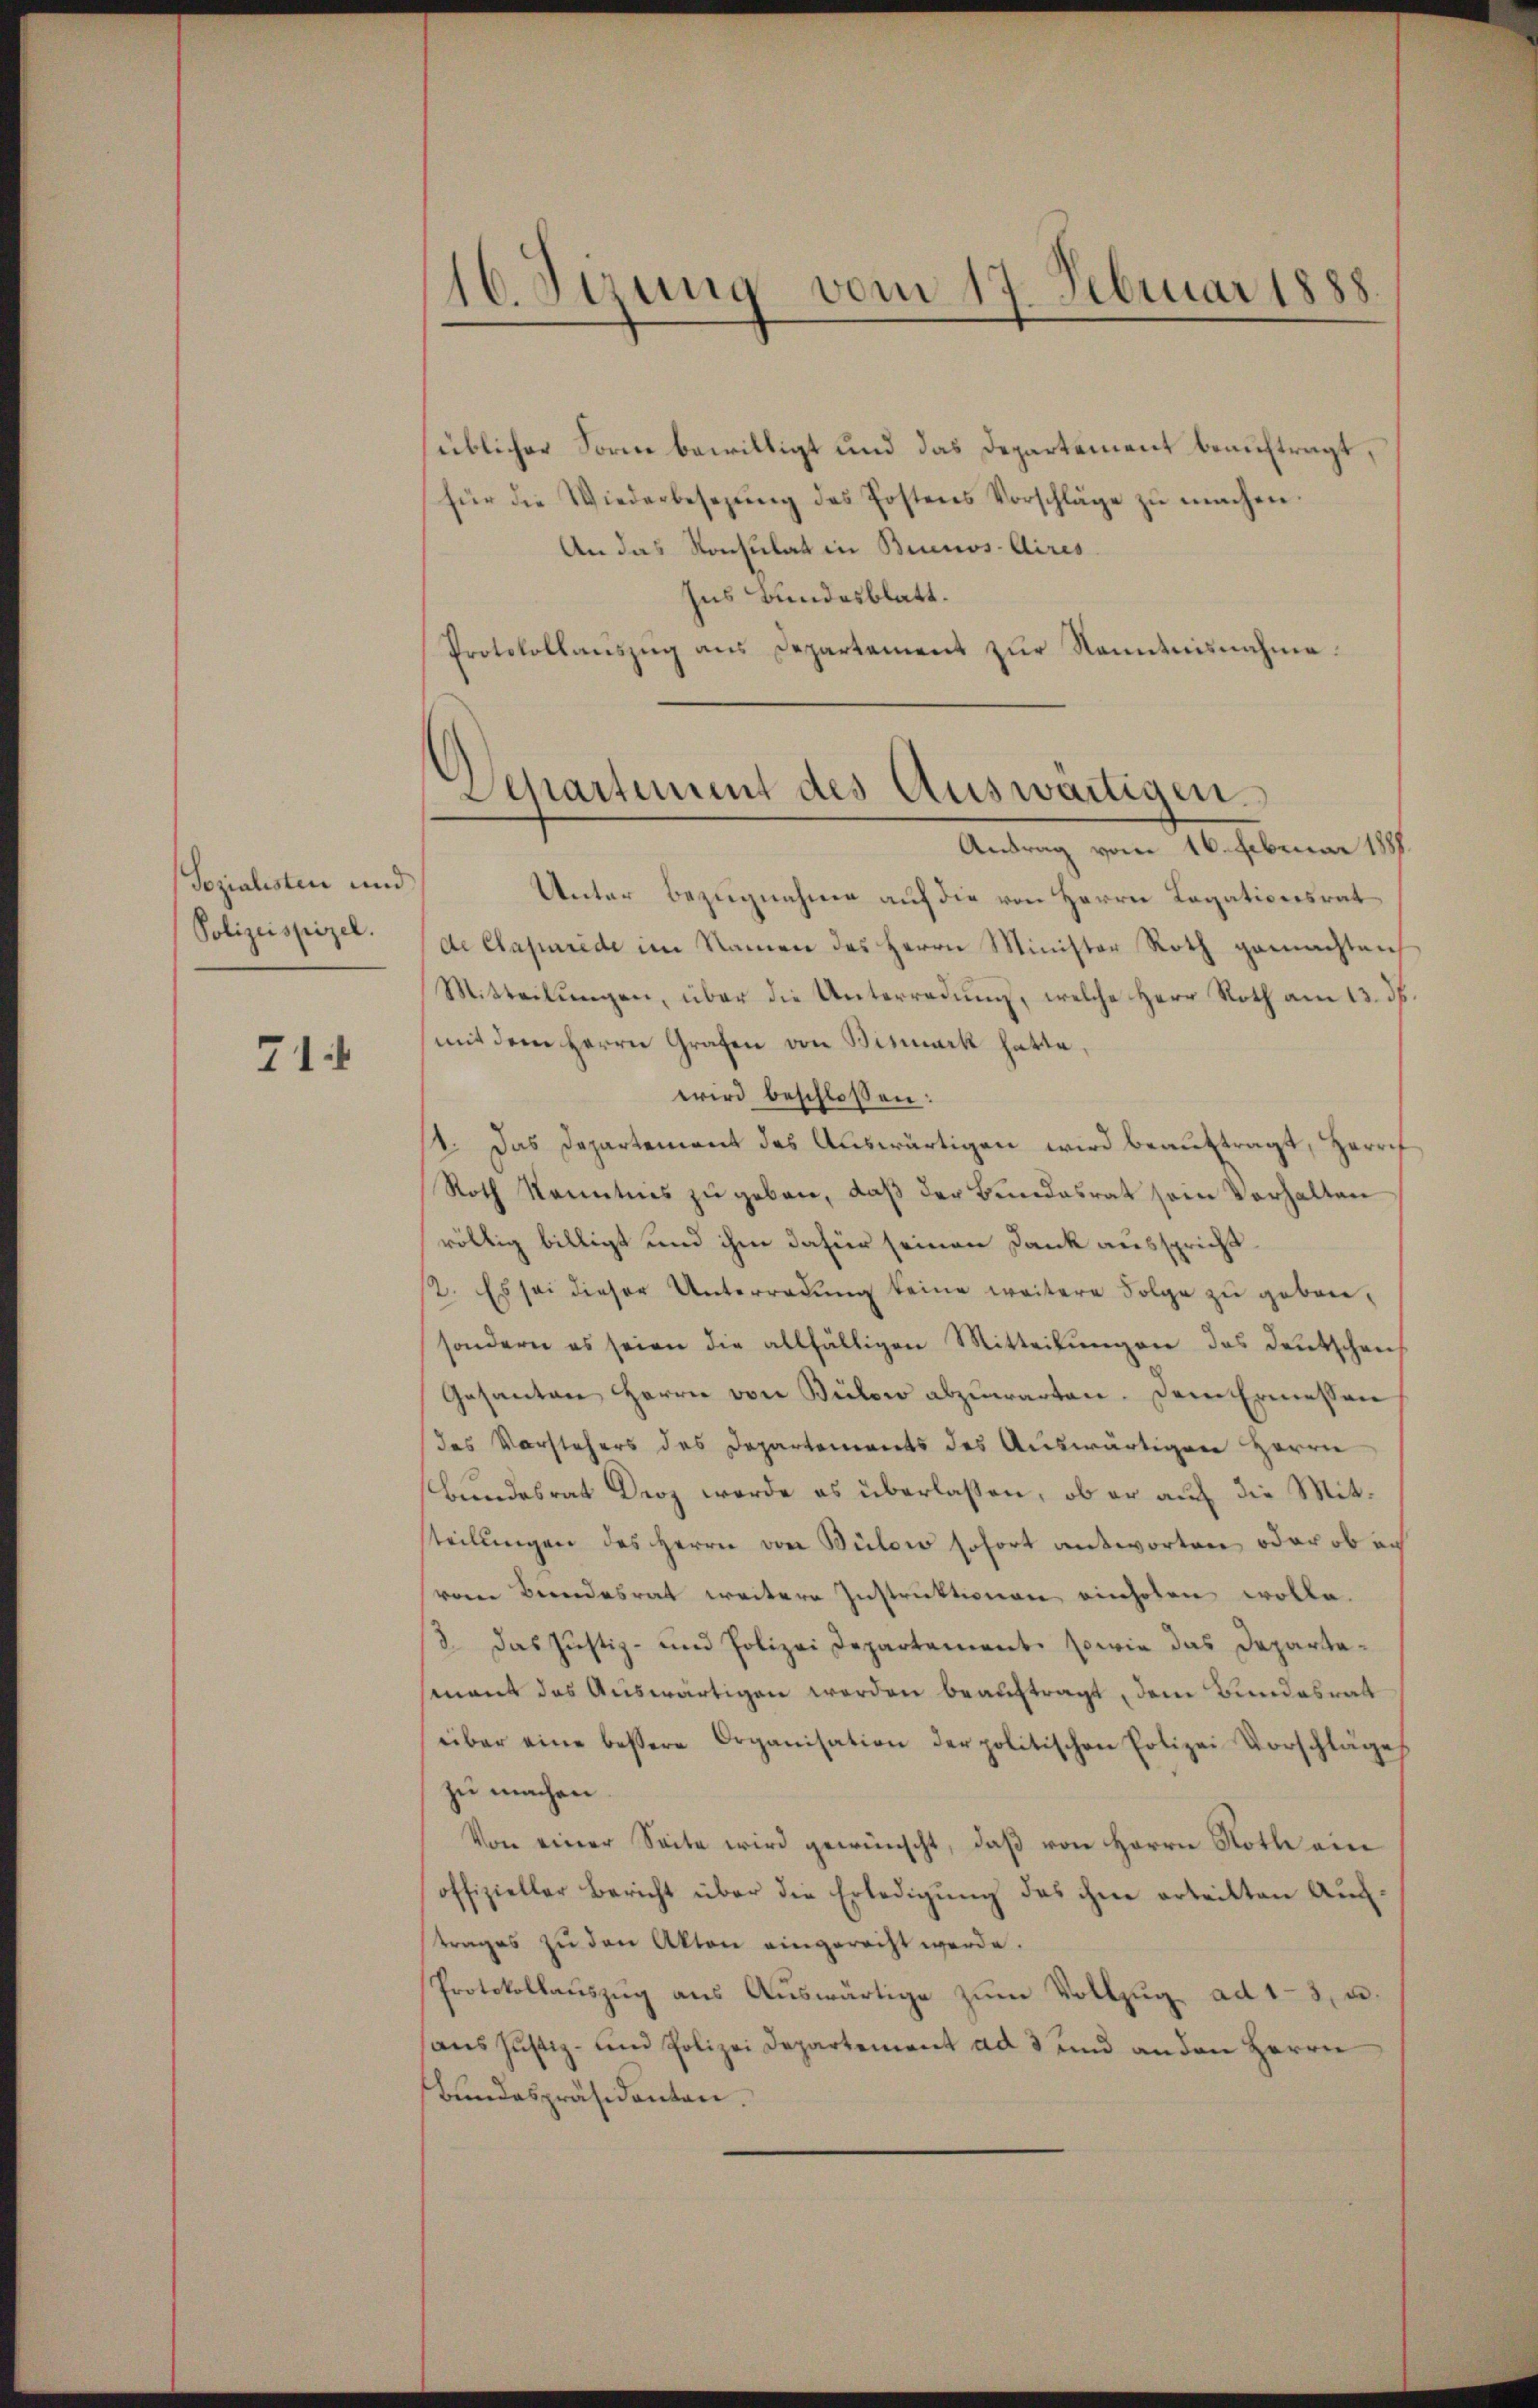
Sozialisten und
Polizeispiel.

71

16. Sizung vom 17. Februar 1888.

üblicher Form bewilligt und das Departement beauftragt,
für die Wiederbesezŭng des Postens Vorschläge zŭ machen.
An das Konsulat in Buenos-Aires
Ins Bundesblatt.
Protokollaŭszŭg ans Departement zŭr Kenntnisnahme.
Antrag vom 16. Februar 1888.
Unter Bezugnahme auf die von Herrn Legationsrat
de Capurede im Namen des Herrn Minister Roth gemachten
Mitteilŭngen, über die Unterredung, welche Herr Roth am 13. ds.
mit dem Herrn Grafen von Bismark hatte.
wird beschlossen:
11. Das Departement des Auswärtigen wird beauftragt, Herrif
Roth Kenntnis zu geben, daß der Bundesrat sein Verhalten
röllig billigt und ihm dafür seinen Dank ausspricht.
12. Es sei dieser Unterradŭng keine weitere Folge zu geben,
sondern es seien die allfälligen Mitteilŭngen das deutschen
Gesanten Herren von Bülow abzŭwarten. Dem Ermessen
des Vorstehers des Departements des Auswärtigen Herrn
Bundesrat Droz werde es überlassen, ob er auch die Mitsteilungen des Herrn von Bülow sofort antworten oder ob an
vom Beendesrat weitere Instruktionen einholen wolle.
3. das Justiz- und Polizei Departement, sowie das Departamant das Auswärtigen werden beauftragt, dem Bundesrat
über eine bessere Organisation der politischen Polizei Vorschläge
zu machen
Von einer Seite wird gewünscht, daβ von Herrn Noth ein
offizieller Bericht über die Erledigung des ihne erteilten Auftrages zu den Akten eingerecht werde.
Protokollaŭszŭg aŭs Aŭswärtige zŭm Vollzŭg ad 13, u.
aus Justiz- und Polizei Departement ad 3 und an den Herrn
Bundespräsidenten.

Separtement des Auswärtigen.